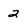
Character: 2